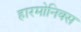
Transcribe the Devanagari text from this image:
हारमोनिक्स